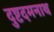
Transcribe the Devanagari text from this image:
दुष्टदमनाथ